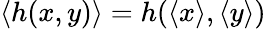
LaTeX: \langle h(x,y)\rangle=h(\langle x\rangle,\langle y\rangle)